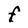
Character: F